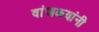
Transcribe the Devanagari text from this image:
वांजळ्यांनी